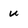
Character: u